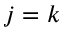
j = k